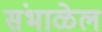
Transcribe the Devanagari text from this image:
संभाळेल